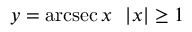
y = \operatorname { a r c s e c } x \ \ | x | \geq 1